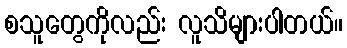
စသူတွေကိုလည်း လူသိများပါတယ်။